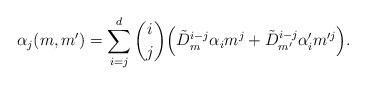
LaTeX: \begin{align*} \alpha_j(m,m') = \sum_{i=j}^d \binom{i}{j} \Big(\tilde D_m^{i-j} \alpha_i m^{j} + \tilde D_{m'}^{i-j} \alpha'_i m'^j \Big).\end{align*}